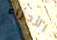
الأجزاء